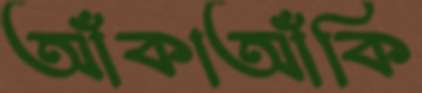
আঁকাআঁকি